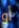
أو